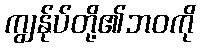
ကျွန်ုပ်တို့၏ဘဝကို